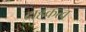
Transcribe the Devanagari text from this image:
दाहकत्व